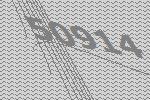
50914